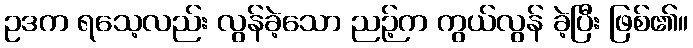
ဥဒက ရသေ့လည်း လွန်ခဲ့သော ညဉ့်က ကွယ်လွန် ခဲ့ပြီး ဖြစ်၏။